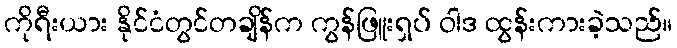
ကိုရီးယား နိုင်ငံတွင်တချိန်က ကွန်ဖြူးရှပ် ဝါဒ ထွန်းကားခဲ့သည်။